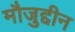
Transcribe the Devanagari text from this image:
मौजुद्दीन